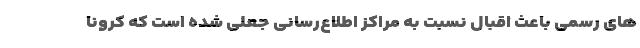
های رسمی باعث اقبال نسبت به مراکز اطلاع‌رسانی جعلی شده است که کرونا